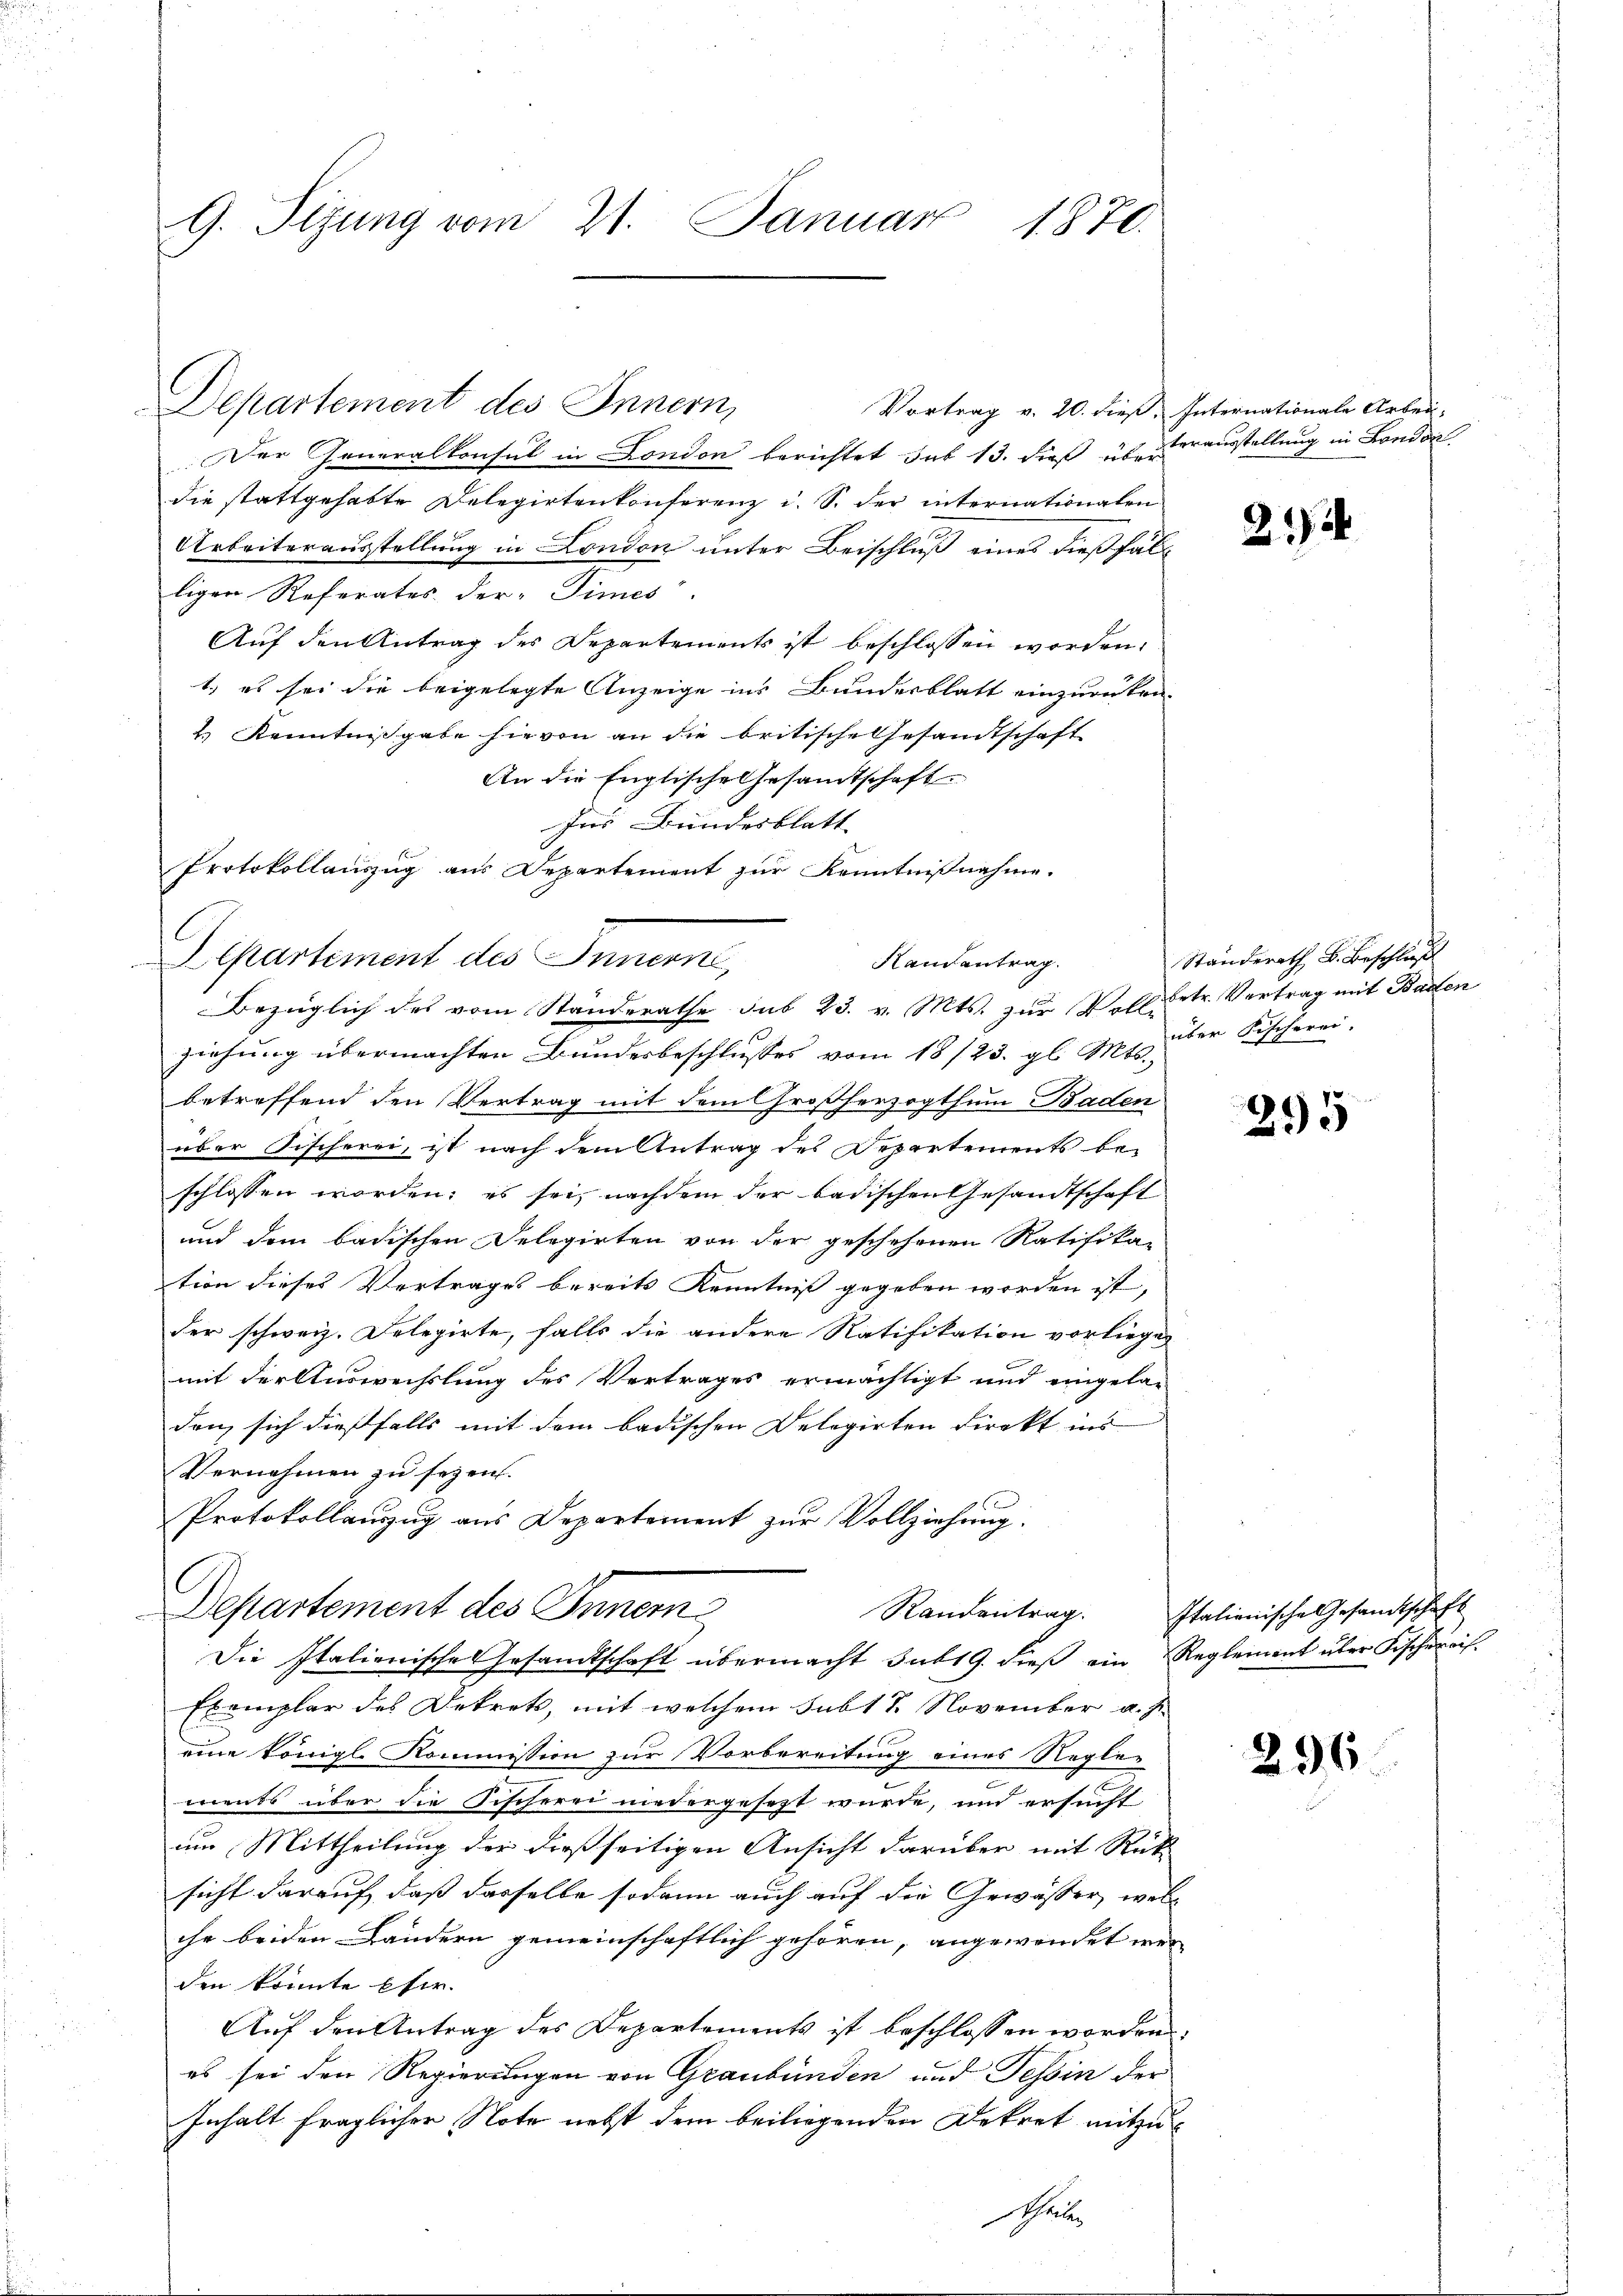
G. Sizung vom 21. Januar 1870.

Departement des Innern,
Der Generalkonsul in London berichtet sub 13. dieß ausstellung in Londol
die stattgehabte Delegirtenkonferenz u. S. der internationalen
Arbeiterausstellung in London unter Beischluß eines dießfälligen Referates der „Times“
Auf den Antrag des Departements ist beschlossen worden.
1.) es sei die beigelegte Anzeige ins Bundesblatt einzurücken-
4.) Kenntnißgabe hievon an die britische Gesandtschaft
An die Englische Gesamtschaft
Ins Bundesblatt
Protokollauszug aus Departement zur Kenntnißnahme.
Separtement des Innern,
Randantrag.
ziehung übermachten Bundesbeschlusses vom 18/23. gl. Mts.,
betreffend den Vertrag mit dem Großherzogthum Baden
über Fischerei, ist nach dem Antrag des Departements be-
schlossen worden; es sei, nachdem der badischen Gesandtschaft
und dem badischen Delegirten von der geschehenen Ratifika-
tion dieses Vertrages bereits Kenntniß gegeben worden ist,
der schweiz. Delegirte, falls die andere Ratifikation vorliege,
mit der Auswechslung des Vertrages ermächtigt und eingela-
den sich dießfalls mit dem badischen Delegirten Direkt ins
Vernehmen zu sezen.
Protokollanzug aus Departement zur Vollziehung.
Departement des Innern
Die Italienische Gesandtschaft übermacht sub 19. dieß ein Reglement über Fischereis¬
Exemplar des Dekrets, mit welchem Subt 7. November a. J.
eine königl. Kommission zur Vorbereitung eines Reglements über die Fischerei niedergesezt wurde, und ersucht
um Mittheilung der dießseitigen Ansicht darüber mit Rücksicht darauf, daß dasselbe sodann auch auf die Gewässer, wel-
che beiden Ländern gemeinschaftlich gehören, angewendet wer
den könnte Eher
Auf den Antrag des Departements ist beschlossen worden.
es sei den Regierungen von Graubünden und Tessin der
Inhalt fraglicher Note nebst dem beiliegenden Dekret mitzu
ra

Bezüglich des vom Standerathe sub 23. v. Mts. zur Voll betr. Vertrag mit Baden

Vortrag v. 20. dieß, Internationale Arbei-

21

Ständerath B. Beschluß
über Fischerei.

295

Randentrag. Italienische Gesamtschaft

296.